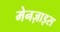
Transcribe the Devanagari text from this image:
मेनज़ाइस